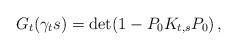
LaTeX: \begin{align*} G_{t}(\gamma_t s) = \det(1-P_0K_{t,s}P_0)\,,\end{align*}